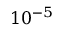
1 0 ^ { - 5 }